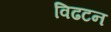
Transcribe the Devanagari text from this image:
विढटन